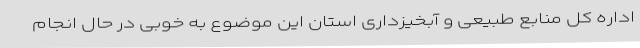
اداره کل منابع طبیعی و آبخیزداری استان این موضوع به خوبی در حال انجام